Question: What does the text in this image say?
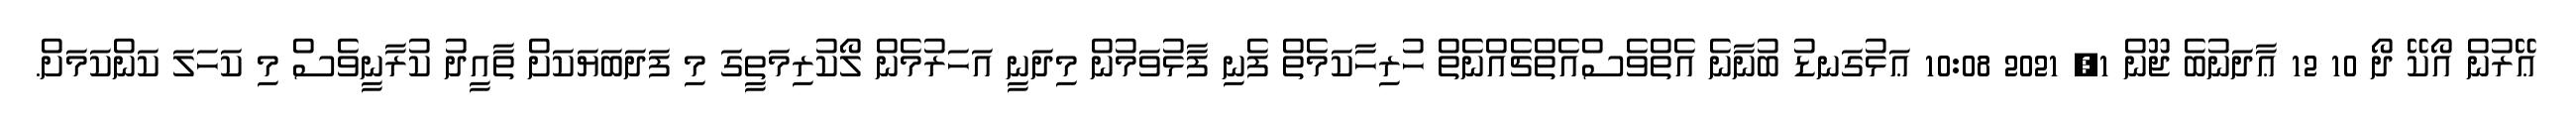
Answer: ޢޭރުން އޯކޭ ދޯ 10 12 ޢާދަނުބެ ޖޫން 1, 2021 10:08 ޢަޅުގަނޑު ބުނާނެ އެތްވެސްއެތްޗެއްނެތް ހުރިހާކަމެތް ފެނި ފާޅުވަމުން މިދަނީ އަހަރުމެން ލޯކުރިމަތީގަ މި ފަދަބަޔަކަށް ތާއީދު ކުރާނީވެސް މި ކަހަލަ ކަންކަމަށް.